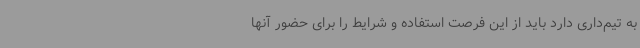
به تیم‌داری دارد باید از این فرصت استفاده و شرایط را برای حضور آنها